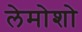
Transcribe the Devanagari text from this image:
लेमोशो